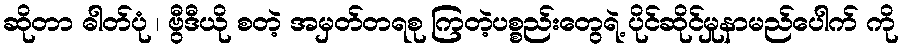
ဆိုတာ ဓါတ်ပုံ ၊ ဗွီဒီယို စတဲ့ အမှတ်တရစု ကြတဲ့ပစ္စည်းတွေရဲ့ ပိုင်ဆိုင်မှုနာမည်ပေါက် ကို